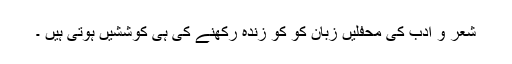
شعر و ادب کی محفلیں زبان کو کو زندہ رکھنے کی ہی کوششیں ہوتی ہیں ۔